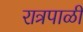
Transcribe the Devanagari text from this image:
रात्रपाळी